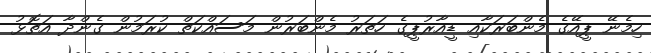
ހިމެނޭ ޕީއޭގެ މެންބަރަކާއި ޑީއާރުޕީގެ ހަތަރު މެންބަރުން މަސައްކަތް ކުރަމުން ގެންދާ އަތޮޅު